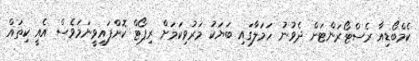
ކެމްބޯޑިއާ ރެސްޓޯރަންޓަށް ދެވުނު ހަމަލާގައި ބަޔަކު މަރުވިކަމަށް ރިޕޯޓް ކޮށްފައިވީނަމަވެސް އެއީ ކިތައް